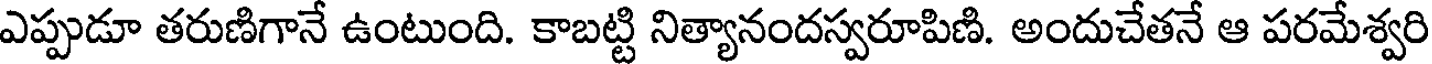
ఎప్పుడూ తరుణిగానే ఉంటుంది. కాబట్టి నిత్యానందస్వరూపిణి. అందుచేతనే ఆ పరమేశ్వరి